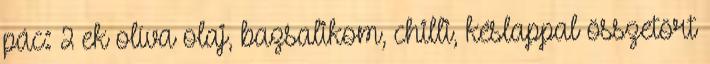
pác: 2 ek olíva olaj, bazsalikom, chilli, késlappal összetört